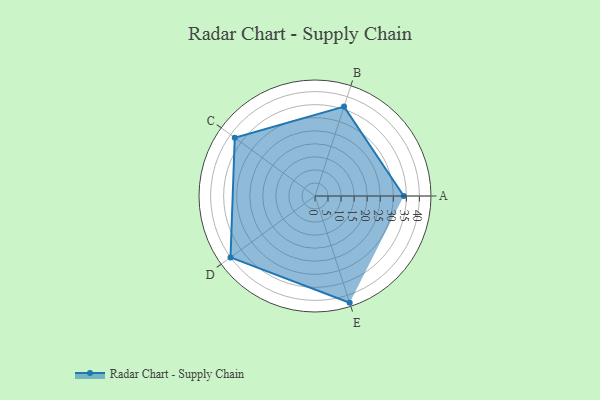
{"axis": {"x": "Skill", "y": "Score"}, "legend": ["Profile"], "data": [{"x": "A", "y": 34.0, "type": "Profile"}, {"x": "B", "y": 36.0, "type": "Profile"}, {"x": "C", "y": 38.0, "type": "Profile"}, {"x": "D", "y": 40.0, "type": "Profile"}, {"x": "E", "y": 43.0, "type": "Profile"}]}